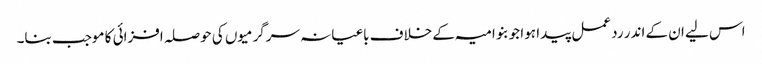
اس لیے ان کے اندر رد عمل پیدا ہوا جو بنو امیہ کے خلاف باغیانہ سرگرمیوں کی حوصلہ افزائی کا موجب بنا۔